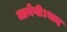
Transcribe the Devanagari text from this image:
जायेगी।बाद